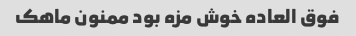
فوق العاده خوش مزه بود ممنون ماهک